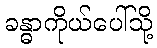
ခန္ဓာကိုယ်ပေါ်သို့